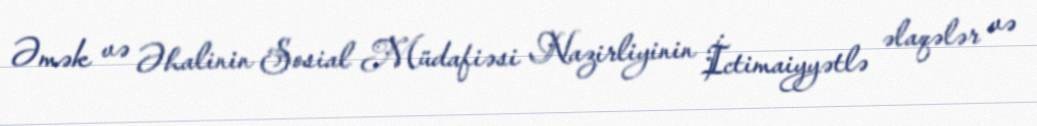
Əmək və Əhalinin Sosial Müdafiəsi Nazirliyinin İctimaiyyətlə əlaqələr və